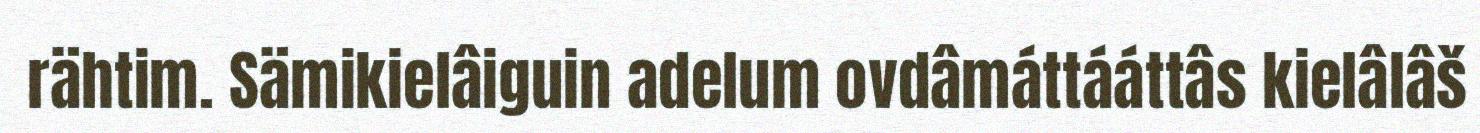
rähtim. Sämikielâiguin adelum ovdâmáttááttâs kielâlâš